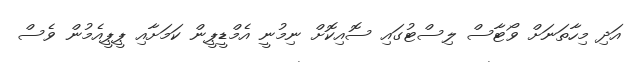
އަދި މިހާތަނަށް ވޯޓާސް ލިސްޓުގައި ސޮއިކޮށް ނިމުނީ އެމްޑީޕީން ކަމަށާއި ޕީޕީއެމުން ވެސް